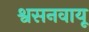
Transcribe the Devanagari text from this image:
श्वसनवायू